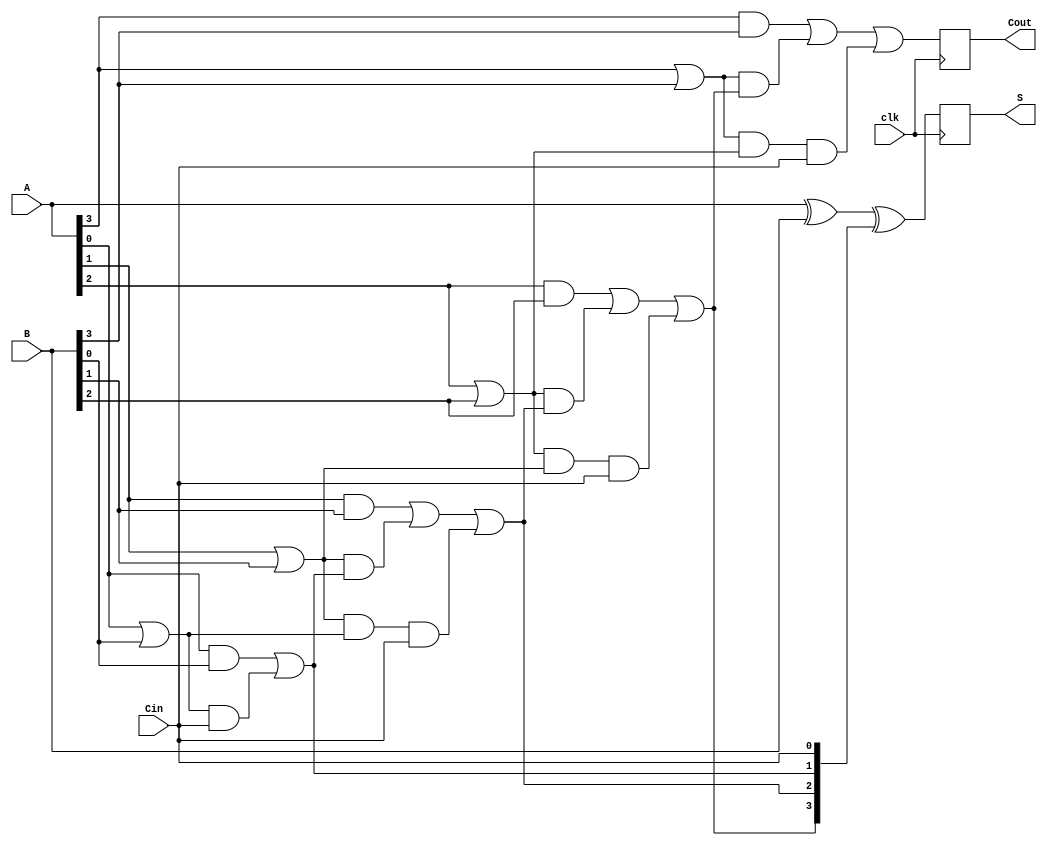
module PipelinedCLA #(parameter n = 4) (
    input wire clk,
    input wire [n-1:0] A,
    input wire [n-1:0] B,
    input wire Cin,
    output reg [n-1:0] S,
    output reg Cout
);

    // Intermediate signals for generate and propagate
    wire [n-1:0] G; // Generate signals
    wire [n-1:0] P; // Propagate signals
    wire [n:0] C;   // Carry signals (C[0] = Cin)

    // Stage 1: Generate and Propagate Calculation
    genvar i;
    generate
        for (i = 0; i < n; i = i + 1) begin : gen_prop
            assign G[i] = A[i] & B[i]; // Generate
            assign P[i] = A[i] | B[i]; // Propagate
        end
    endgenerate

    // Carry signal generation
    assign C[0] = Cin; // Initial carry-in
    generate
        for (i = 0; i < n; i = i + 1) begin : carry_gen
            if (i == 0) begin
                assign C[i + 1] = G[i] | (P[i] & C[i]); // C1
            end else begin
                assign C[i + 1] = G[i] | (P[i] & C[i]) | (P[i] & P[i-1] & C[0]); // C2, C3, ...
            end
        end
    endgenerate

    // Stage 2: Sum Calculation
    always @(posedge clk) begin
        S <= A ^ B ^ C[n-1:0]; // Sum calculation
        Cout <= C[n]; // Final carry-out
    end

endmodule